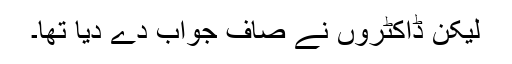
لیکن ڈاکٹروں نے صاف جواب دے دیا تھا۔